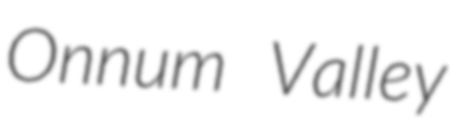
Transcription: Onnum Valley